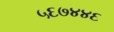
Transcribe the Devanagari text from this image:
५६७४४६